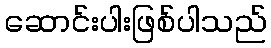
ဆောင်းပါးဖြစ်ပါသည်